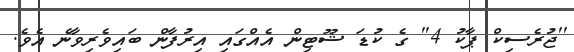
''ޖުރެސިކް ޕާކު 4'' ގެ ކުޑަ ޝޫޓިން އެއްގައި އިރުފާން ބައިވެރިވާނެ އެވެ.